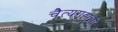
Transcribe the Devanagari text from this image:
चैत्यगृहाशी